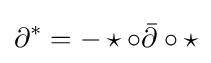
\partial ^{*}=-\star \circ {\bar {\partial }}\circ \star